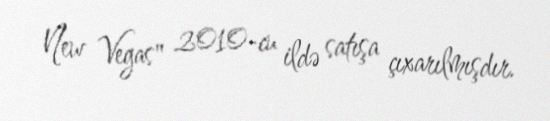
New Vegas" 2010-cu ildə satışa çıxarılmışdır.